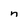
Character: n